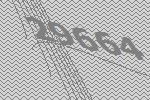
29664